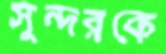
সুন্দরকে